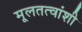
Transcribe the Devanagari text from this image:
मूलतत्वांशी